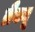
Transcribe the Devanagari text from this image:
ब्रैक्यू